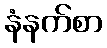
နံနက်စာ